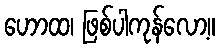
ဟောထ၊ ဖြစ်ပါကုန်လော့။